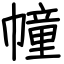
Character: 幢